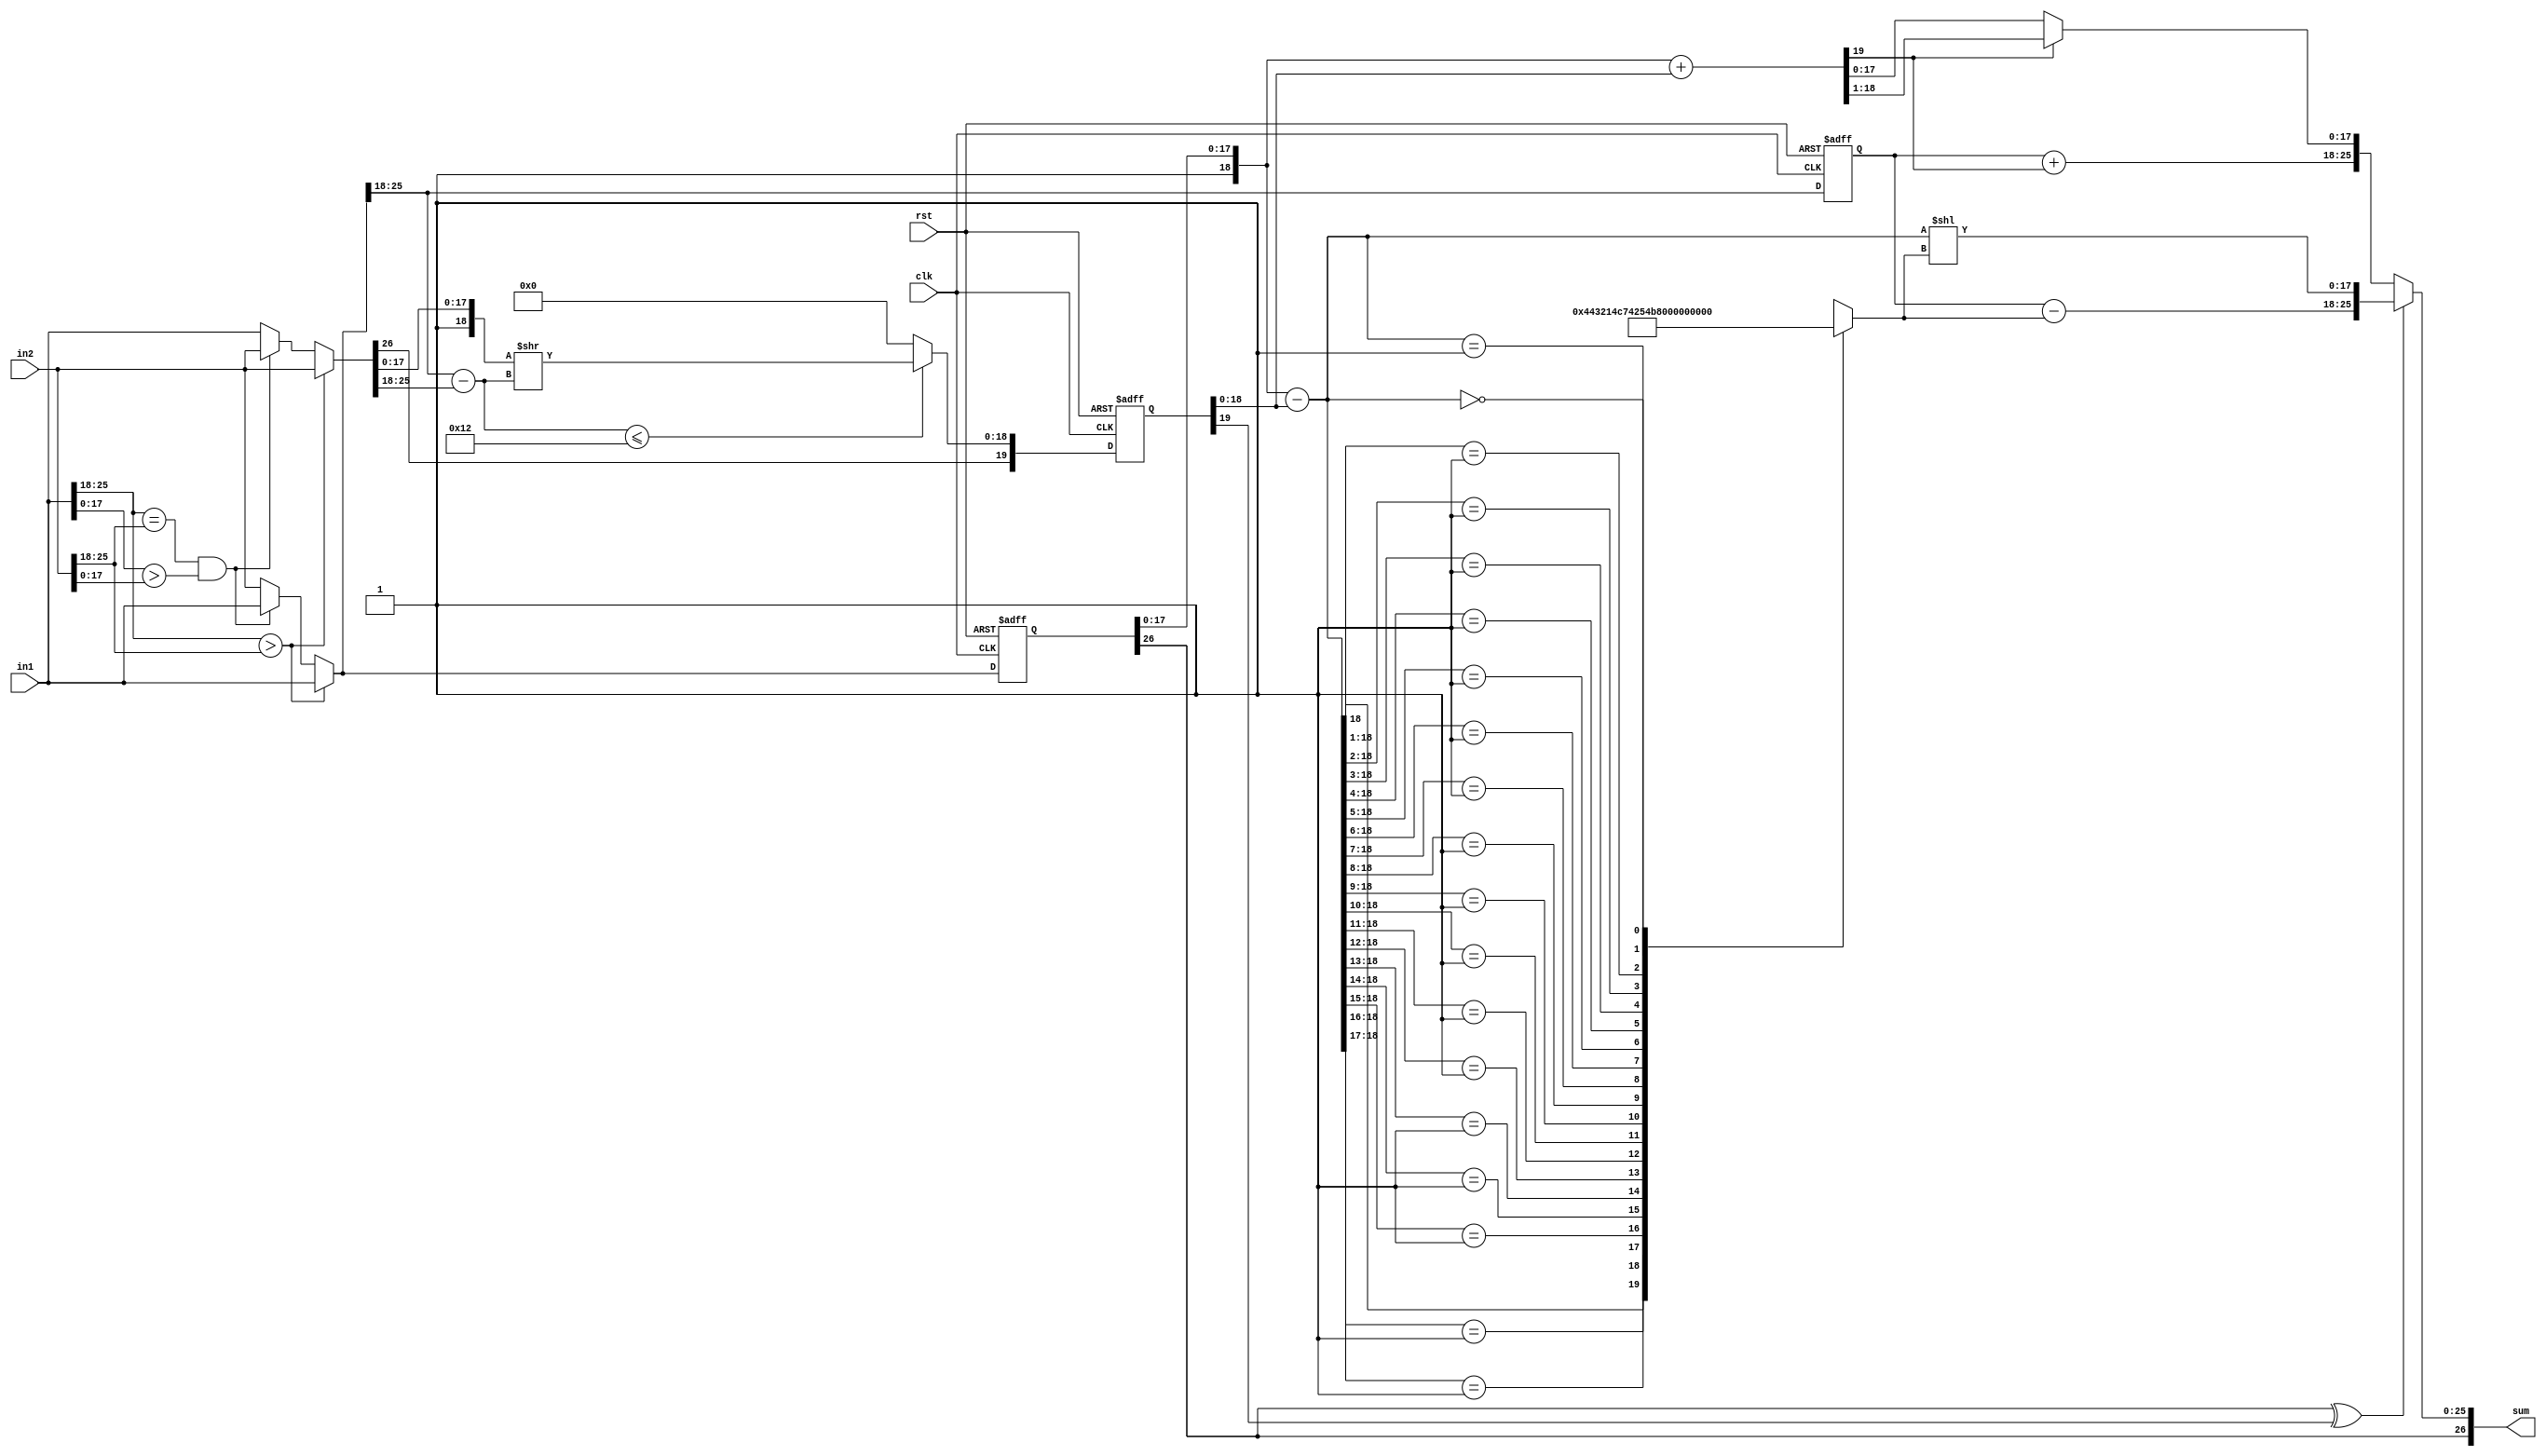
// This program was cloned from: https://github.com/aniketuppin/n-body-gravity-simulator
// License: Apache License 2.0

//--------------------------------------------------------------------
// Module Name: FpAdd
// Module Description: Implements the custom 27-bit floating point
//                     adder where MSB is sign bit, next 8-bits are
//                     exponent in excess 127 and last 18-bits are ma-
//                     ntissa.
//--------------------------------------------------------------------

`define SIGN 26
`define EXP 25:18
`define MANT 17:0


module FpAdd (
              clk,             // replace string with clock
              in1,          // replace string with fp_in1
              in2,          // replace string with fp_in2
              sum,          // replace string with fp_sum
              rst
              );

   //--------------------------------------------------------------------
   // Inputs
   //--------------------------------------------------------------------
   input wire clk;
   input wire [26:0] in1;
   input wire [26:0] in2;
   input wire        rst;
   
   //--------------------------------------------------------------------
   // Outputs
   //--------------------------------------------------------------------
   output reg [26:0] sum;

   //--------------------------------------------------------------------
   // Internals
   //--------------------------------------------------------------------
   parameter sign = 26;
   parameter ex_end = 25;
   parameter ex_st = 18;
   parameter ma_end = 17;
   parameter ma_st = 0;

   //--------------------------------------------------------------------
   // First Stage
   //--------------------------------------------------------------------
   
   //--------------------------------------------------------------------
   // Finding greater number among the 2
   //--------------------------------------------------------------------
   reg [`SIGN:0] greater;
   reg [`SIGN:0] smaller;

   always @(*)
     begin
        if (in1[`EXP] > in2[`EXP])
          begin
             greater <= in1;
             smaller <= in2;
          end
        else
          if (in1[`EXP] == in2[`EXP] && in1[`MANT] > in2[`MANT])
            begin
               greater <= in1;
               smaller <= in2;
            end
          else
            begin
               greater <= in2;
               smaller <= in1;
            end
     end // always @ (*)
   
   
   //--------------------------------------------------------------------
   // Net smaller value for arithmetic
   //--------------------------------------------------------------------
   reg [18:0] net_small;
   wire [`EXP] small_shift;
   
   assign small_shift = greater[`EXP] - smaller[`EXP];
   
   always @(*)
     begin
        if (greater[`EXP] - smaller[`EXP] <= 5'd18)
          begin
             net_small <= {1'b1,smaller[`MANT]} >> (small_shift);
          end
        else
          begin
             net_small <= 'b0;
          end
     end // always @ (*)


   //--------------------------------------------------------------------
   // Pipeline Register's
   //--------------------------------------------------------------------
   reg [`SIGN:0] gr;
   reg [19:0] sm;
   reg [`EXP]    net_expt;
   reg [`EXP]    sm_shift;
   
   always @(posedge clk or negedge rst)
     begin
        if (rst == 'b0)
          begin
             gr <= 'b0;
             sm <= 'b0;
             net_expt <= 'b0;
             sm_shift <= 'b0;
          end 
        else
           begin
             gr <= greater;
             sm <= {smaller[`SIGN],net_small}; // check for sm
             net_expt <= greater[`EXP];
             sm_shift <= small_shift;
          end    
     end

   
   //--------------------------------------------------------------------
   // Second Stage
   //--------------------------------------------------------------------
   
   //--------------------------------------------------------------------
   // Deciding Addition or Subtraction
   //--------------------------------------------------------------------
   wire sub;
   assign sub = (gr[`SIGN] ^ sm[19]);
   

   //--------------------------------------------------------------------
   // Addition
   //--------------------------------------------------------------------
   
   //--------------------------------------------------------------------
   // Addition Output
   //--------------------------------------------------------------------
   reg [19:0] add_out;
   
   always @(*)
      begin
         add_out <= ({1'b1,gr[`MANT]} + {sm[18:0]});
      end


   //--------------------------------------------------------------------
   // net exponent adder if carry generated in addition
   //--------------------------------------------------------------------
   reg [`EXP] expt_carry;

   always @(*)
     begin
        expt_carry <= net_expt + {7'b0,add_out[19]};
     end


   //--------------------------------------------------------------------
   // result from the whole flow if sign bits of both numbers are equal
   // i.e addition of their magnitudes
   //--------------------------------------------------------------------
   reg [26:0] add_result;
   
   wire [17:0] final_add = (add_out[19]) ? 
               {add_out[18:1]} : add_out[17:0];
   

   always @(*)
     begin
        add_result <= {gr[`SIGN],expt_carry,final_add};
     end // always @ (*)

   
   //--------------------------------------------------------------------
   // Subtraction
   //--------------------------------------------------------------------
   
   //--------------------------------------------------------------------
   // Subtraction Output
   //--------------------------------------------------------------------
   reg [18:0] sub_out;

   always @(*)
     begin
        sub_out <= {1'b1,gr[`MANT]} - sm[18:0];
     end

   //--------------------------------------------------------------------
   // Exponent Difference after subtraction Generator
   //--------------------------------------------------------------------
   reg [4:0] sub_shift;
      always @(*)
     begin
        casex (sub_out)
          19'b1XXXXXXXXXXXXXXXXXX: sub_shift <= 5'd0;
          19'b01XXXXXXXXXXXXXXXXX: sub_shift <= 5'd1;
          19'b001XXXXXXXXXXXXXXXX: sub_shift <= 5'd2;
          19'b0001XXXXXXXXXXXXXXX: sub_shift <= 5'd3;
          19'b00001XXXXXXXXXXXXXX: sub_shift <= 5'd4;
          19'b000001XXXXXXXXXXXXX: sub_shift <= 5'd5;
          19'b0000001XXXXXXXXXXXX: sub_shift <= 5'd6;
          19'b00000001XXXXXXXXXXX: sub_shift <= 5'd7;
          19'b000000001XXXXXXXXXX: sub_shift <= 5'd8;
          19'b0000000001XXXXXXXXX: sub_shift <= 5'd9;
          19'b00000000001XXXXXXXX: sub_shift <= 5'd10;
          19'b000000000001XXXXXXX: sub_shift <= 5'd11;
          19'b0000000000001XXXXXX: sub_shift <= 5'd12;
          19'b00000000000001XXXXX: sub_shift <= 5'd13;
          19'b000000000000001XXXX: sub_shift <= 5'd14;
          19'b0000000000000001XXX: sub_shift <= 5'd15;
          19'b00000000000000001XX: sub_shift <= 5'd16;
          19'b000000000000000001X: sub_shift <= 5'd17;
          19'b0000000000000000001: sub_shift <= 5'd18;
          19'b0000000000000000000: sub_shift <= 5'd19;
          default:                sub_shift <= 5'd0;
        endcase
     end // always @ (*)

  
   //--------------------------------------------------------------------
   // Calculating net exponent
   //--------------------------------------------------------------------
   reg [7:0] sub_expt;
   
   always @(*)
     begin
        sub_expt <= net_expt - {3'b0,sub_shift};
     end
   

   //--------------------------------------------------------------------
   // Calculating Final Subtraction Out after shift
   //--------------------------------------------------------------------
   reg [17:0] final_sub;
   reg [18:0] temp_sub;
   always @(*)
     begin
        temp_sub <= (sub_out << sub_shift);
        final_sub <= temp_sub[17:0];
     end
   //--------------------------------------------------------------------
   // Calculating Final Subtraction Result
   //--------------------------------------------------------------------
   reg [26:0] sub_result;

   always @(*)
     begin
        sub_result <= {gr[`SIGN],sub_expt,final_sub};
     end

   //--------------------------------------------------------------------
   // Calculating Final Subtraction Result
   //--------------------------------------------------------------------
   always @(*)
     begin
        if (sub)
          begin
             sum <= sub_result;
          end
        else
          begin
             sum <= add_result;
          end
     end

   //--------------------------------------------------------------------
   // Test code (not part of the RTL)
   //--------------------------------------------------------------------
   // always @(*)
   //   begin
   //      sum <= add_result;
   //  end
   wire [18:0] sm_mant = sm[18:0];
   wire [18:0] gr_mant = {1'b1,gr[`MANT]};
   
endmodule